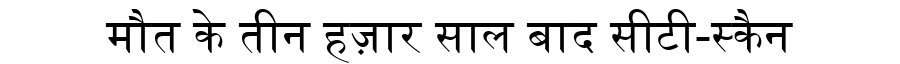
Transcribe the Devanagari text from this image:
मौत के तीन हज़ार साल बाद सीटी-स्कैन